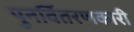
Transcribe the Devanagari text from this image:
पुनर्वितरणकारी